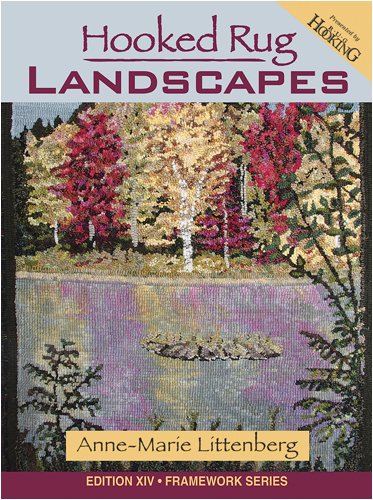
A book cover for Hooked Rug Landscapes (Framework); Anne-Marie Littenberg; Crafts, Hobbies & Home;